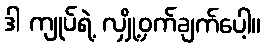
ဒါ ကျုပ်ရဲ့ လျှို့ဝှက်ချက်ပေါ့။